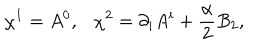
\chi ^ { 1 } = A ^ { 0 } , \chi ^ { 2 } = \partial _ { i } A ^ { i } + \frac { \textstyle \alpha } { \textstyle 2 } B _ { 2 } ,